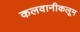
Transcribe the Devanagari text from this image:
कलवानीकलूम